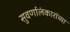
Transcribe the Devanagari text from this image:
सुवर्णालंकारांच्या